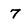
Character: 7